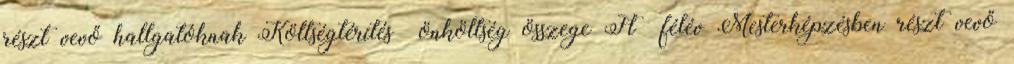
részt vevő hallgatóknak Költségtérítés önköltség összege Ft félév Mesterképzésben részt vevő